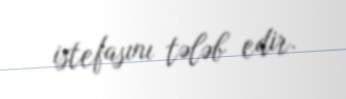
istefasını tələb edir.